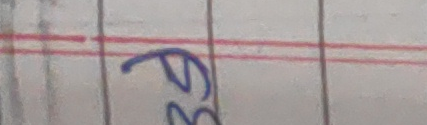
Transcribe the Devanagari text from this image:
ओरे